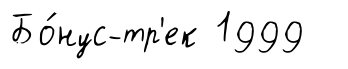
Бо́нус-тр'ек 1999